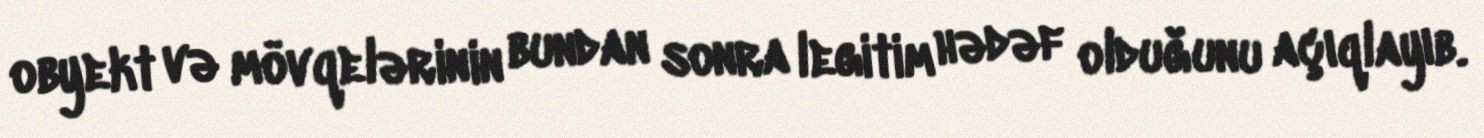
obyekt və mövqelərinin bundan sonra legitim hədəf olduğunu açıqlayıb.